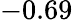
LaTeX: -0.69